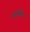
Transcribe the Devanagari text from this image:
यंगलिंगा